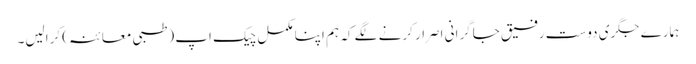
ہمارے جگری دوست رفیق جاگرانی اصرار کرنے لگے کہ ہم اپنا مکمل چیک اپ (طبی معائنہ) کرالیں۔